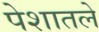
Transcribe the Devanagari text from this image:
पेशातले